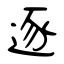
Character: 逐